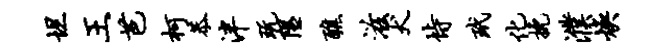
坦王芭柯恭泮玩隰醮滋犬恃玳化挽濮焕